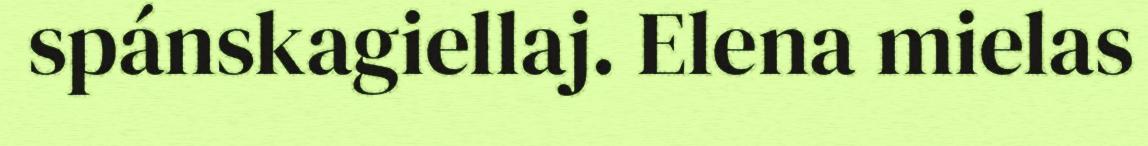
spánskagiellaj. Elena mielas